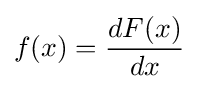
f(x)={\frac {dF(x)}{dx}}